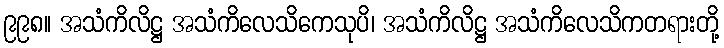
၉၉၈။ အသံကိလိဋ္ဌ အသံကိလေသိကေသုပိ၊ အသံကိလိဋ္ဌ အသံကိလေသိကတရားတို့